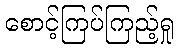
စောင့်ကြပ်ကြည့်ရှု